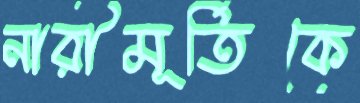
নারীমূর্তিকে